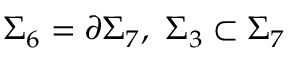
\Sigma _ { 6 } = \partial \Sigma _ { 7 } , \ \Sigma _ { 3 } \subset \Sigma _ { 7 }